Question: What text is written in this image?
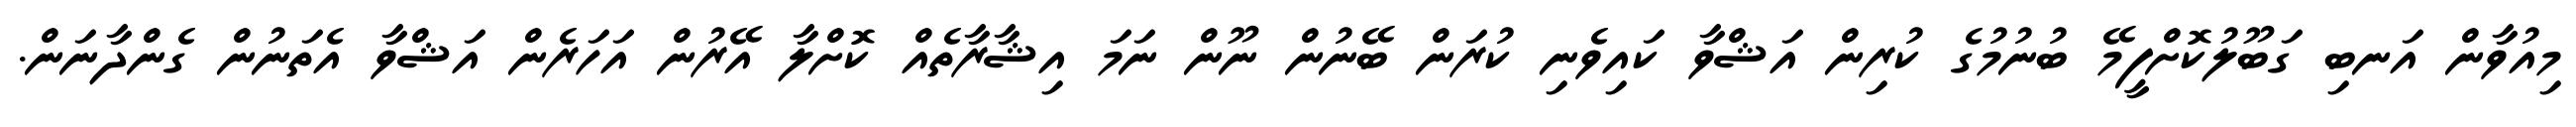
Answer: މިއުވާން އަނބި ގަބޫލުކޮށްފީމޭ ބުނުމުގެ ކުރިން އަޝްވާ ކައިވެނި ކުރަން ބޭނުން ނޫން ނަމަ އިޝާރާތެއް ކޮށްލާ އޭރުން އަހަރެން އަޝްވާ އެތަނުން ގެންދާނަން.